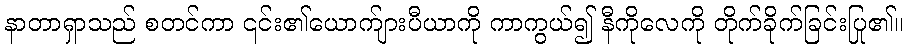
နာတာရှာသည် စတင်ကာ ၎င်း၏ယောက်ျားပီယာကို ကာကွယ်၍ နီကိုလေကို တိုက်ခိုက်ခြင်းပြု၏။